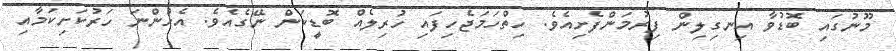
މޫނުގައި ބޮޑުވާ އިނގިލިން ފިރުމަންފެށިއެވެ. ހިތްހަމަޖެހިފައި ހުރިލެއް ބޮޑީކަން ނޭގެއެވެ. އެހުންނަ ހަރުކަށިކަމާއި